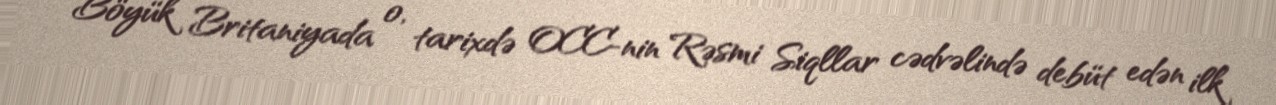
Böyük Britaniyada o, tarixdə OCC-nin Rəsmi Siqllar cədvəlində debüt edən ilk